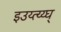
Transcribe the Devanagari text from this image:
इउय्त्य्य्घ्